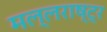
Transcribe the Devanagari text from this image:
मल्लराष्ट्र